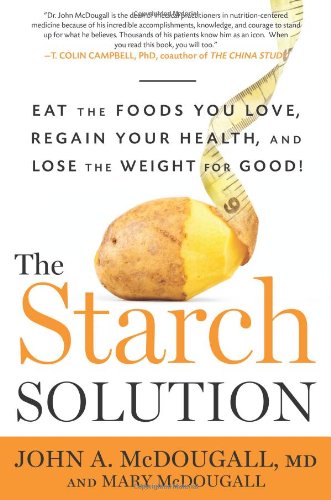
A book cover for The Starch Solution: Eat the Foods You Love, Regain Your Health, and Lose the Weight for Good!; John McDougall; Cookbooks, Food & Wine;